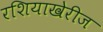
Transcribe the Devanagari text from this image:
रशियाखेरीज